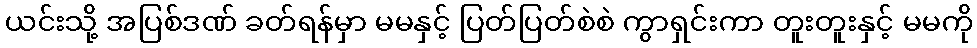
ယင်းသို့ အပြစ်ဒဏ် ခတ်ရန်မှာ မမနှင့် ပြတ်ပြတ်စဲစဲ ကွာရှင်းကာ တူးတူးနှင့် မမကို